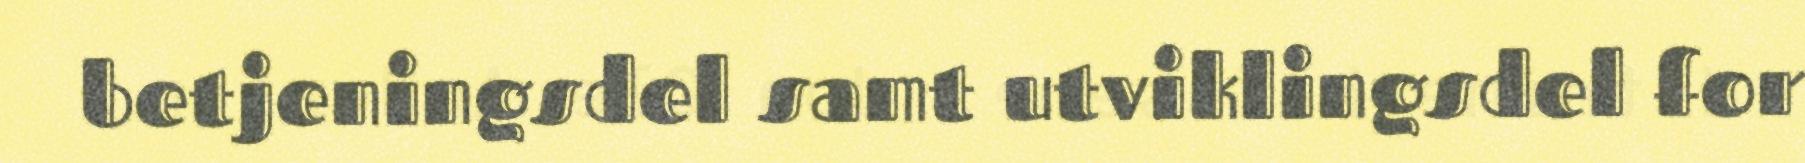
betjeningsdel samt utviklingsdel for